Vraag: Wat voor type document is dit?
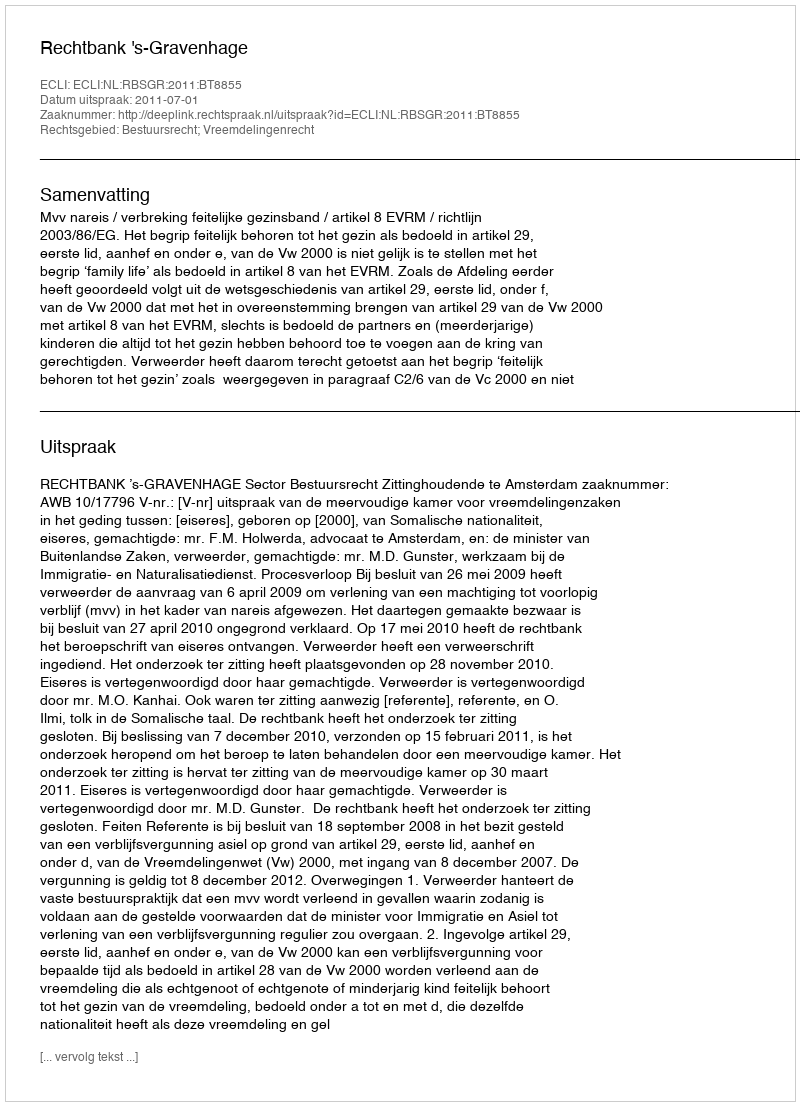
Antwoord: Uitspraak